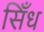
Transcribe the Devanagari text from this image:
सिँध